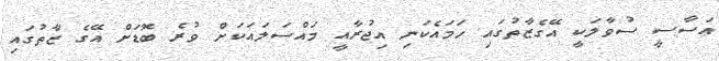
އަސާސީ ސުވާލަކީ އޭގެޒާތުގައި ހަމައެކަނި އިޖުރާއީ މައްސަލައަކަށް ވުރެ ބޮޑަށް އޭގެ ޒާތުގައި